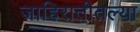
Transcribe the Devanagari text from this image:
जाहिरातीतल्या